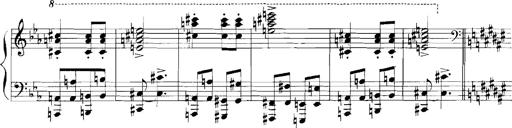
Title: Rhapsodies hongroises
Composer: Franz Liszt